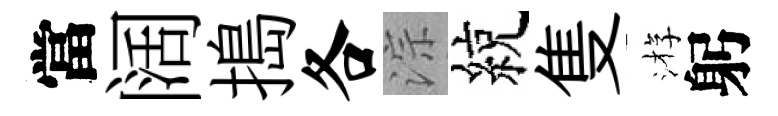
當阔搗各淙綂隻㳺躬